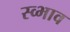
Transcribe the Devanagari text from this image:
स्व्भाव